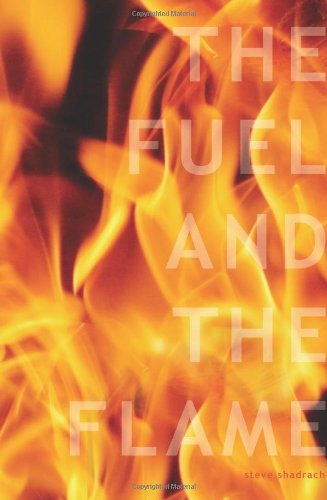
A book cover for The Fuel and The Flame: 10 Keys to Ignite Your College Campus for Jesus Christ; Steve Shadrach; Christian Books & Bibles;